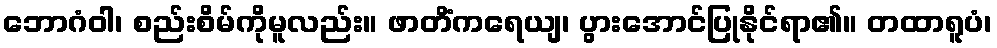
ဘောဂံဝါ၊ စည်းစိမ်ကိုမူလည်း။ ဖာတိံကရေယျ၊ ပွားအောင်ပြုနိုင်ရာ၏။ တထာရူပံ၊